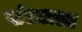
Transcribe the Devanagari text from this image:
खंड्याला